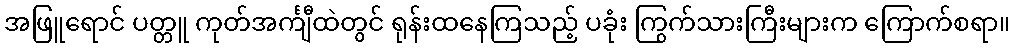
အဖြူရောင် ပတ္တူ ကုတ်အင်္ကျီထဲတွင် ရုန်းထနေကြသည့် ပခုံး ကြွက်သားကြီးများက ကြောက်စရာ။